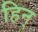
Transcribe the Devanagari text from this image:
हिन्